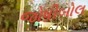
જોષીબોલ